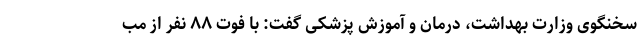
سخنگوی وزارت بهداشت، درمان و آموزش پزشکی گفت: با فوت ۸۸ نفر از مب